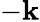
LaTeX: -\textbf{k}